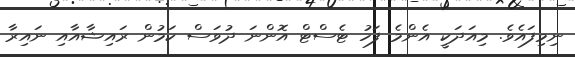
ނިމިފައެވެ. މިއަދަކީ އެންމެ ފަހު ޓެސްޓް އޮންނަ ދުވަސް ކަމުން ރައިޝާއާއި ނައިރާ